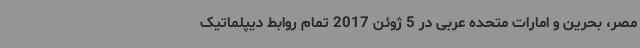
مصر، بحرین و امارات متحده عربی در 5 ژوئن 2017 تمام روابط دیپلماتیک